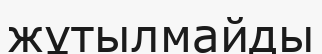
жұтылмайды